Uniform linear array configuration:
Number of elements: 48
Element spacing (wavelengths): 0.5
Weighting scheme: cosine
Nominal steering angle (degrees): -45
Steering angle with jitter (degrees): -43.997
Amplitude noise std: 0.05
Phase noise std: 0.05

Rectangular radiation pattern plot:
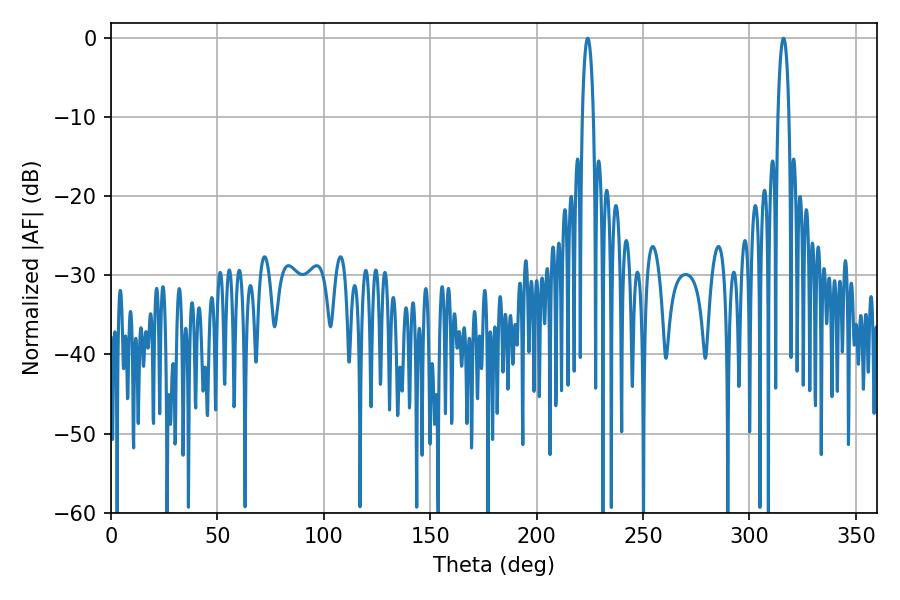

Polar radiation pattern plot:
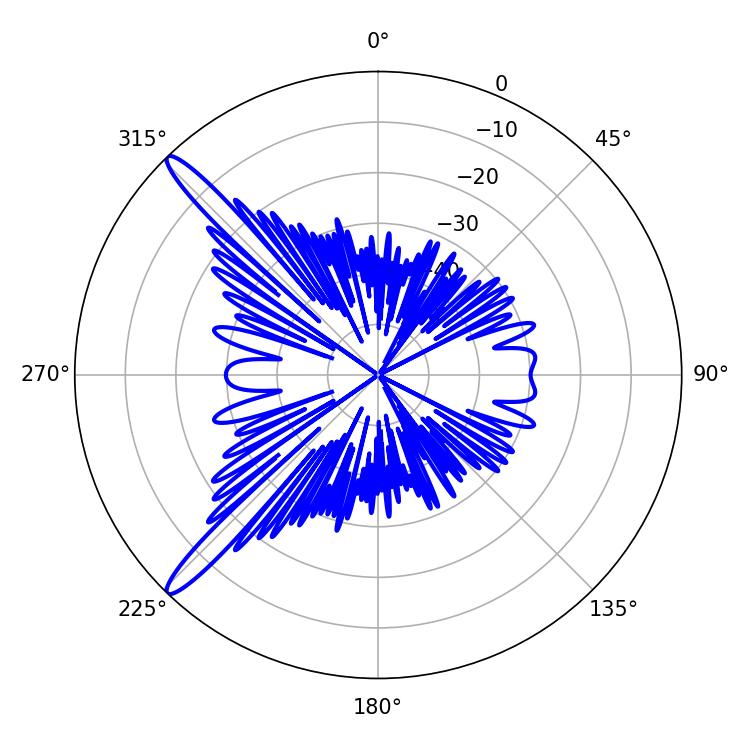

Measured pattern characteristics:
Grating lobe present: FALSE
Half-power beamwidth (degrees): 3.06
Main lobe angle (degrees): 223.92